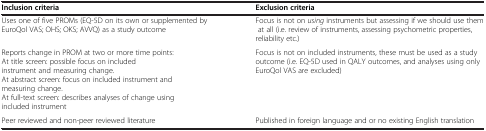
<table><thead><tr><td><b>Inclusion criteria</b></td><td><b>Exclusion criteria</b></td></tr></thead><tbody><tr><td>Uses one of five PROMs (EQ-5D on its own or supplemented by EuroQol VAS; OHS; OKS; AVVQ) as a study outcome</td><td>Focus is not on <i>using</i> instruments but assessing if we should use them at all (i.e. review of instruments, assessing psychometric properties, reliability etc.)</td></tr><tr><td>Reports change in PROM at two or more time points: At title screen: possible focus on included instrument and measuring change. At abstract screen: focus on included instrument and measuring change. At full-text screen: describes analyses of change using included instrument</td><td>Focus is not on included instruments, these must be used as a study outcome (i.e. EQ-5D used in QALY outcomes, and analyses using only EuroQol VAS are excluded)</td></tr><tr><td>Peer reviewed and non-peer reviewed literature</td><td>Published in foreign language and or no existing English translation</td></tr></tbody></table>